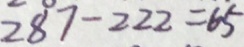
2 8 7 - 2 2 2 = 6 5